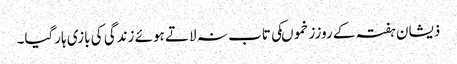
ذیشان ہفتہ کے روززخموںکی تاب نہ لاتے ہوئے زندگی کی بازی ہارگیا۔